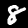
Label: 8